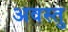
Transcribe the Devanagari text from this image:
अवस्तु